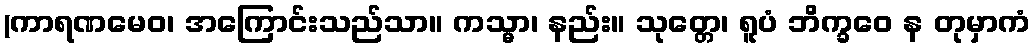
(ကာရဏမေဝ၊ အကြောင်းသည်သာ။ ကသ္မာ၊ နည်း။ သုတ္တေ၊ ရူပံ ဘိက္ခဝေ န တုမှာကံ